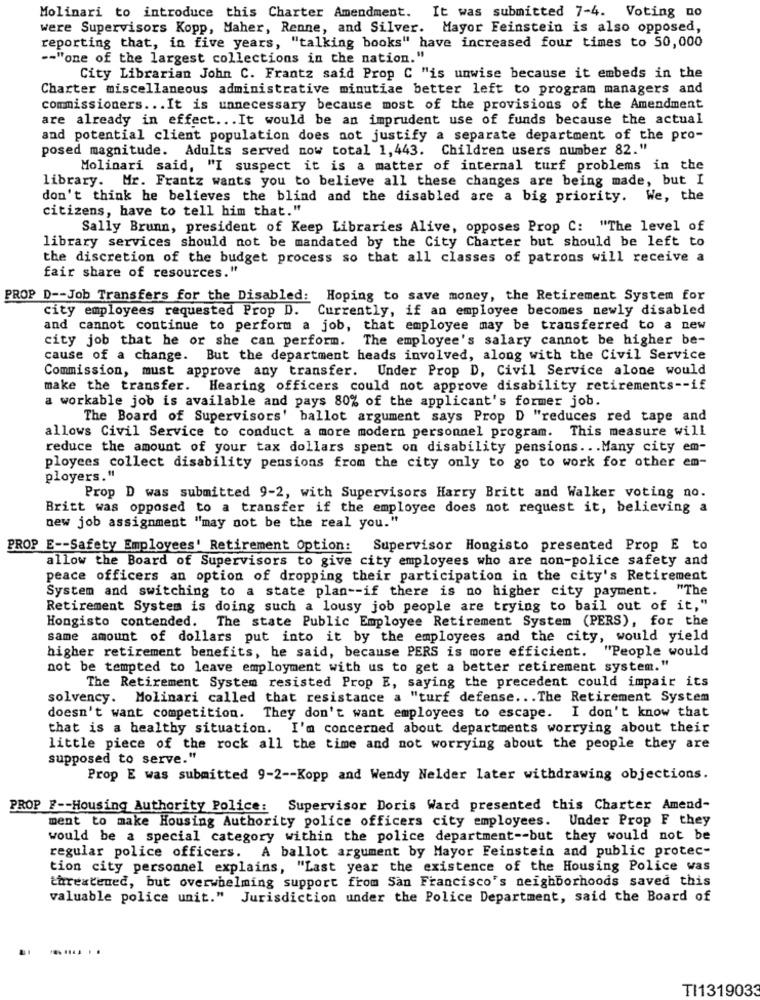
Molinari to introduce this Charter Amendment.
It was submitted 7-4. Voting no
were Supervisors Kopp, Maher, Renne, and Silver. Mayor Feinstein is also opposed,
reporting that, in five years, "talking books" have increased four times to 50,000
-- "one of the largest collections in the nation."
City Librarian John C. Frantz said Prop C "is unwise because it embeds in the
Charter miscellaneous administrative minutiae better left to program managers and
commissioners ... It is unnecessary because most of the provisions of the Amendment
are already in effect ... It would be an imprudent use of funds because the actual
and potential client population does not justify a separate department of the pro-
posed magnitude. Adults served now total 1,443. Children users number 82."
Molinari said, "I suspect it is a matter of internal turf problems in the
library. Mr. Frantz wants you to believe all these changes are being made, but I
don't think he believes the blind and the disabled are a big priority. We, the
citizens, have to tell him that."
Sally Brunn, president of Keep Libraries Alive, opposes Prop C: "The level of
library services should not be mandated by the City Charter but should be left to
the discretion of the budget process so that all classes of patrons will receive a
fair share of resources."
PROP D -- Job Transfers for the Disabled: Hoping to save money, the Retirement System for
city employees requested Prop D. Currently, if an employee becomes newly disabled
and cannot continue to perform a job, that employee may be transferred to a new
city job that he or she can perform. The employee's salary cannot be higher be-
cause of a change. But the department heads involved, along with the Civil Service
Commission, must approve any transfer. Under Prop D, Civil Service alone would
make the transfer. Hearing officers could not approve disability retirements -- if
a workable job is available and pays 80% of the applicant's former job.
The Board of Supervisors' ballot argument says Prop D "reduces red tape and
allows Civil Service to conduct a more modern personnel program. This measure will
reduce the amount of your tax dollars spent on disability pensions ... Many city em-
ployees collect disability pensions from the city only to go to work for other em-
ployers."
Prop D was submitted 9-2, with Supervisors Harry Britt and Walker voting no.
Britt was opposed to a transfer if the employee does not request it, believing a
new job assignment "may not be the real you."
PROP E -- Safety Employees' Retirement Option: Supervisor Hongisto presented Prop E to
allow the Board of Supervisors to give city employees who are non-police safety and
peace officers an option of dropping their participation in the city's Retirement
System and switching to a state plan -- if there is no higher city payment. "The
Retirement System is doing such a lousy job people are trying to bail out of it,"
Hongisto contended. The state Public Employee Retirement System (PERS), for the
same amount of dollars put into it by the employees and the city, would yield
higher retirement benefits, he said, because PERS is more efficient. "People would
not be tempted to leave employment with us to get a better retirement system."
The Retirement System resisted Prop E, saying the precedent could impair its
solvency. Molinari called that resistance a "turf defense ... The Retirement System
doesn't want competition. They don't want employees to escape. I don't know that
that is a healthy situation. I'm concerned about departments worrying about their
little piece of the rock all the time and not worrying about the people they are
supposed to serve."
Prop E was submitted 9-2 -- Kopp and Wendy Nelder later withdrawing objections.
PROP F -- Housing Authority Police: Supervisor Doris Ward presented this Charter Amend-
ment to make Housing Authority police officers city employees. Under Prop F they
would be a special category within the police department -- but they would not be
regular police officers. A ballot argument by Mayor Feinstein and public protec-
tion city personnel explains, "Last year the existence of the Housing Police was
threatened, but overwhelming support from San Francisco's neighborhoods saved this
valuable police unit." Jurisdiction under the Police Department, said the Board of
........
TI1319033